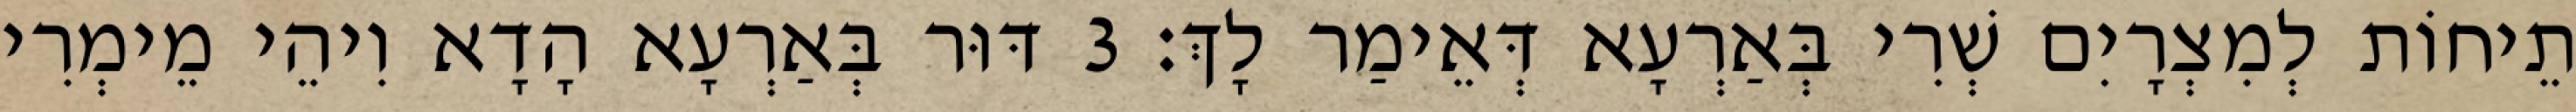
תֵיחוֹת לְמִצְרָיִם שְׁרִי בְּאַרְעָא דְּאֵימַר לָךְ׃ 3 דּוּר בְּאַרְעָא הָדָא וִיהֵי מֵימְרִי